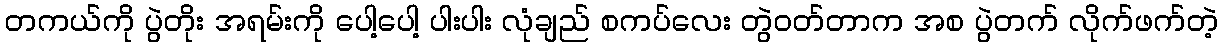
တကယ်ကို ပွဲတိုး အရမ်းကို ပေါ့ပေါ့ ပါးပါး လုံချည် စကပ်လေး တွဲဝတ်တာက အစ ပွဲတက် လိုက်ဖက်တဲ့